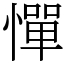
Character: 憚